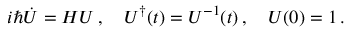
i \hbar { \dot { U } } = H U \, , \quad U ^ { \dagger } ( t ) = U ^ { - 1 } ( t ) \, , \quad U ( 0 ) = 1 \, .